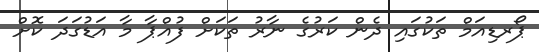
ޕޯރޑިއަމް ތަކުގައި ދެން ކަރުގެ ނާރު ތަކަަށް ފުއްޕާ މާ އަޑުގަދަ ކޮށް